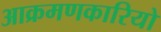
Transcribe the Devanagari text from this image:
आक्रमणकारियो